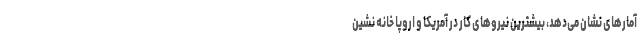
آمارهای نشان می‌دهد، بیشترین نیروهای کار در آمریکا و اروپا خانه نشین